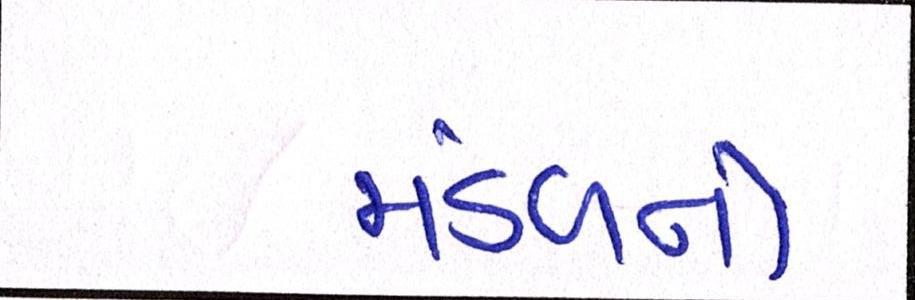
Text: મંડળનો